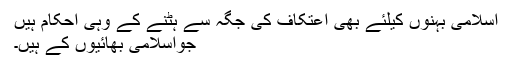
اسلامی بہنوں کیلئے بھی اِعْتِکاف کی جگہ سے ہٹنے کے وُہی اَحْکام ہیں
جواسلامی بھائیوں کے ہیں۔